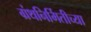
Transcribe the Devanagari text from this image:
ग्रंथनिर्मितीच्या